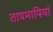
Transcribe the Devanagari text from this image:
तापमापियां